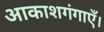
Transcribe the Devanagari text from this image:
आकाशगंगाएँ।